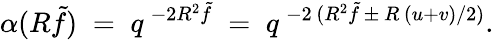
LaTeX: \alpha(R\tilde{f})\; =\; q^{\, -2R^{2}\tilde{f}}\; =\; q^{\, -2\, (R^{2}\tilde{f}\, \pm\, R\, (u+v)/2)}.